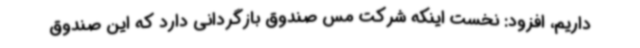
داریم، افزود: نخست اینکه شرکت مس صندوق بازگردانی دارد که این صندوق